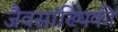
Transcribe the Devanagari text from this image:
जैवसांख्‍यिकी